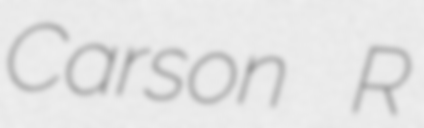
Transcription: Carson R